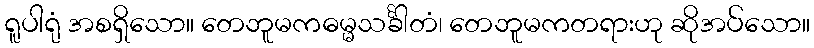
ရူပါရုံ အစရှိသော။ တေဘူမကဓမ္မသင်္ခါတံ၊ တေဘူမကတရားဟု ဆိုအပ်သော။